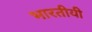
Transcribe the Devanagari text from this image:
भारतीयी